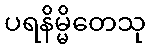
ပရနိမ္မိတေသု